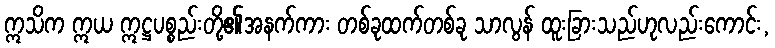
ဣသိက ဣယ ဣဋ္ဌပစ္စည်းတို့၏အနက်ကား တစ်ခုထက်တစ်ခု သာလွန် ထူးခြားသည်ဟုလည်းကောင်း,